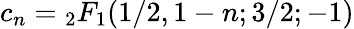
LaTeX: c_{n}={}_{2}F_{1}(1/2,1-n;3/2;-1)